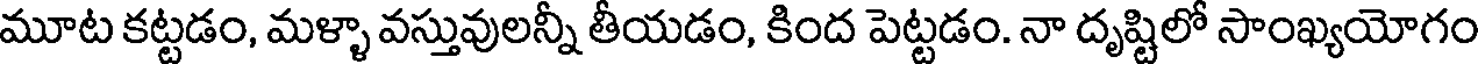
మూట కట్టడం, మళ్ళా వస్తువులన్నీ తీయడం, కింద పెట్టడం. నా దృష్టిలో సాంఖ్యయోగం